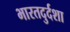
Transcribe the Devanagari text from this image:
भारतदुर्दशा